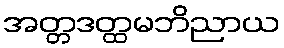
အတ္တဒတ္ထမဘိညာယ